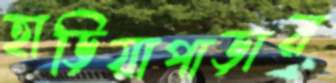
হাড়িয়াপাড়ার